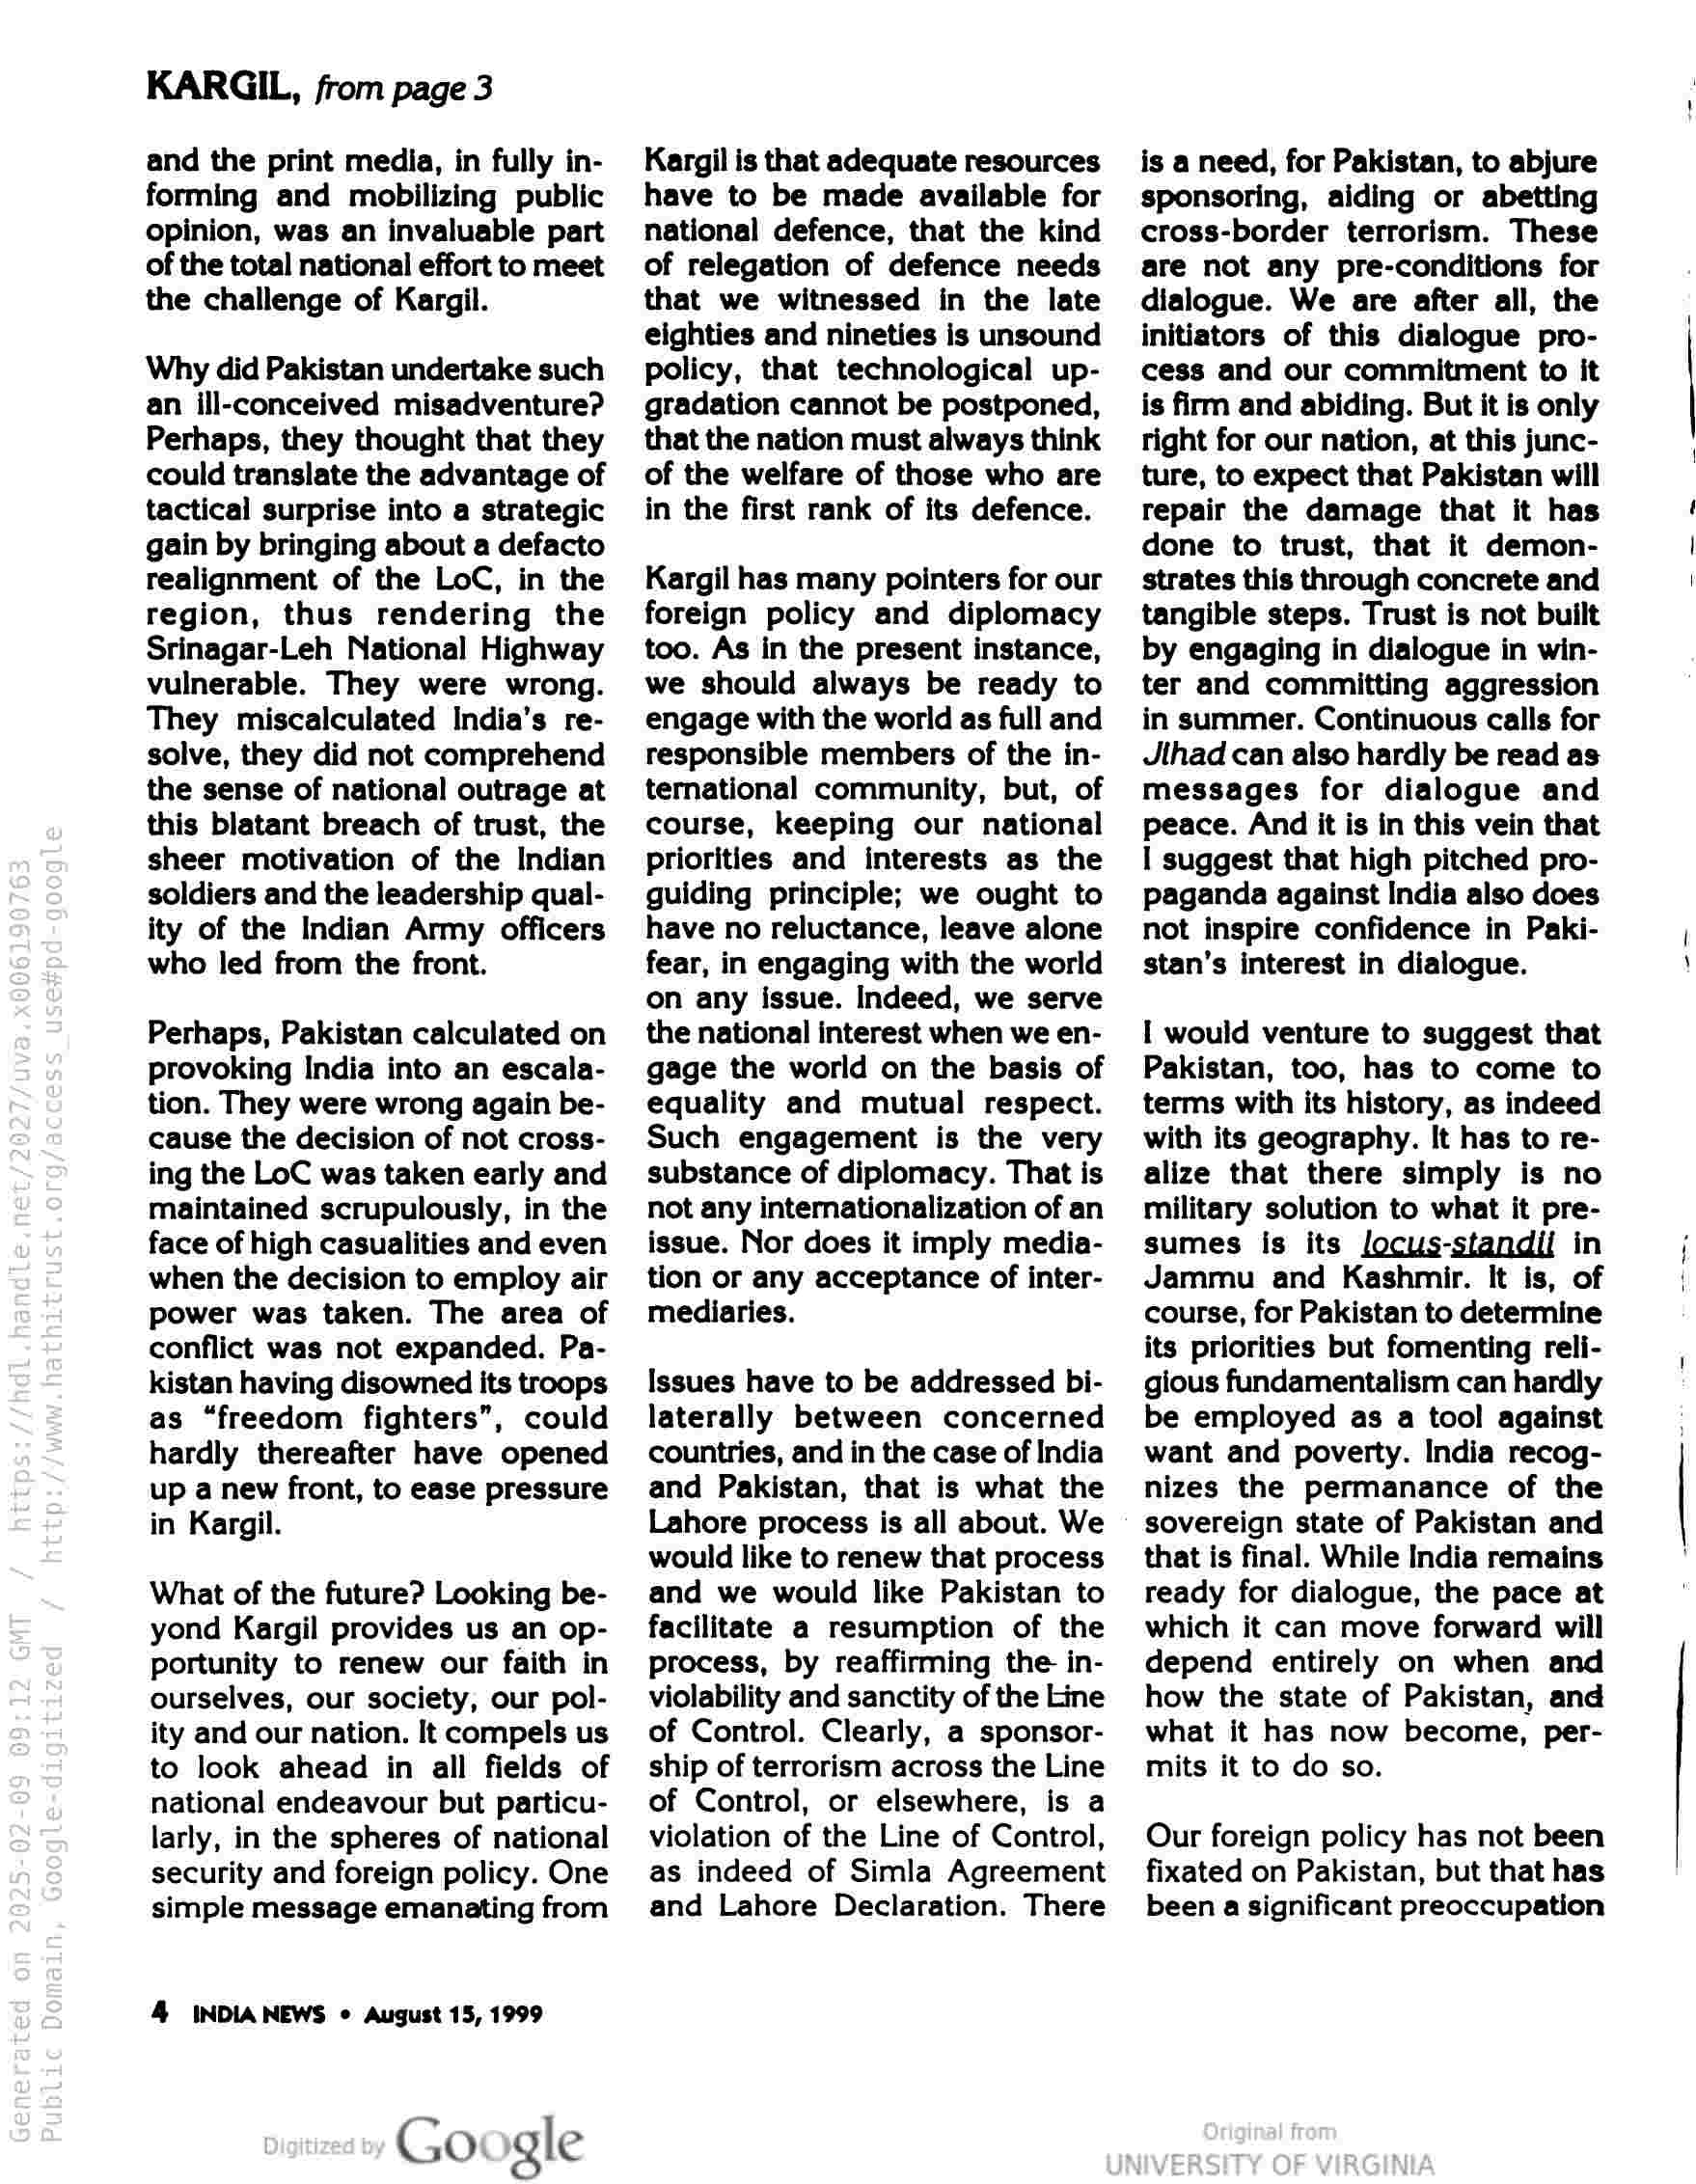
KARGIL, from page 3

and the print media, in fully in-
forming and mobilizing public
opinion, was an invaluable part
of the total national effort to meet
the challenge of Kargil.

Why did Pakistan undertake such
an ill-conceived misadventure?
Perhaps, they thought that they
could translate the advantage of
tactical surprise into a strategic
gain by bringing about a defacto
realignment of the LoC, in the
region, thus rendering the
Srinagar-Leh National Highway
vulnerable. They were wrong.
They miscalculated India’s re-
solve, they did not comprehend
the sense of national outrage at
this blatant breach of trust, the
sheer motivation of the Indian
soldiers and the leadership qual-
ity of the Indian Army officers
who led from the front.

Perhaps, Pakistan calculated on
provoking India into an escala-
tion. They were wrong again be-
cause the decision of not cross-
ing the LoC was taken early and
maintained scrupulously, in the
face of high casualities and even
when the decision to employ air
power was taken. The area of
conflict was not expanded. Pa-
kistan having disowned its troops
as “freedom fighters”, could
hardly thereafter have opened
up a new front, to ease pressure
in Kargil.

What of the future? Looking be-
yond Kargil provides us an op-
portunity to renew our faith in
ourselves, our society, our pol-
ity and our nation. It compels us
to look ahead in all fields of
national endeavour but particu-
larly, in the spheres of national
security and foreign policy. One
simple message emanating from

4 INDIANEWS © August 15, 1999

Go gle

Kargil is that adequate resources
have to be made available for
national defence, that the kind
of relegation of defence needs
that we witnessed in the late
eighties and nineties is unsound
policy, that technological up-
gradation cannot be postponed,
that the nation must always think
of the welfare of those who are
in the first rank of its defence.

Kargil has many pointers for our
foreign policy and diplomacy
too. As in the present instance,
we should always be ready to
engage with the world as full and
responsible members of the in-
ternational community, but, of
course, keeping our national
priorities and interests as the
guiding principle; we ought to
have no reluctance, leave alone
fear, in engaging with the world
on any issue. Indeed, we serve
the national interest when we en-
gage the world on the basis of
equality and mutual respect.
Such engagement is the very
substance of diplomacy. That is
not any internationalization of an
issue. Nor does it imply media-
tion or any acceptance of inter-
mediaries.

Issues have to be addressed bi-
laterally between concerned
countries, and in the case of India
and Pakistan, that is what the
Lahore process is all about. We
would like to renew that process
and we would like Pakistan to
facilitate a resumption of the
process, by reaffirming the in-
violability and sanctity of the Line
of Control. Clearly, a sponsor-
ship of terrorism across the Line
of Control, or elsewhere, is a
violation of the Line of Control,
as indeed of Simla Agreement
and Lahore Declaration. There

is a need, for Pakistan, to abjure
sponsoring, aiding or abetting
cross-border terrorism. These
are not any pre-conditions for
dialogue. We are after all, the
initiators of this dialogue pro-
cess and our commitment to it
is firm and abiding. But it is only
right for our nation, at this junc-
ture, to expect that Pakistan will
repair the damage that it has
done to trust, that it demon-
strates this through concrete and
tangible steps. Trust is not built
by engaging in dialogue in win-
ter and committing aggression
in summer. Continuous calls for
Jihad can also hardly be read as
messages for dialogue and
peace. And it is in this vein that
I suggest that high pitched pro-
paganda against India also does
not inspire confidence in Paki-
stan’s interest in dialogue.

I would venture to suggest that
Pakistan, too, has to come to
terms with its history, as indeed
with its geography. It has to re-
alize that there simply is no
military solution to what it pre-
sumes is its locus-standii in
Jammu and Kashmir. It is, of
course, for Pakistan to determine
its priorities but fomenting reli-
gious fundamentalism can hardly
be employed as a tool against
want and poverty. India recog-
nizes the permanance of the
sovereign state of Pakistan and
that is final. While India remains
ready for dialogue, the pace at
which it can move forward will
depend entirely on when and
how the state of Pakistan, and
what it has now become, per-
mits it to do so.

Our foreign policy has not been
fixated on Pakistan, but that has
been a significant preoccupation